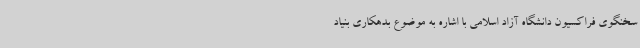
سخنگوی فراکسیون دانشگاه آزاد اسلامی با اشاره به موضوع بدهکاری بنیاد